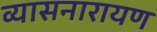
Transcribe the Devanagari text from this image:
व्यासनारायण